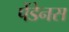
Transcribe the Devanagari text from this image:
पेंडेनस